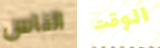
الناس الوقت